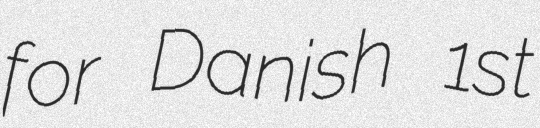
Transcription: for Danish 1st